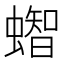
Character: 𧒊